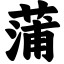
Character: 蒲